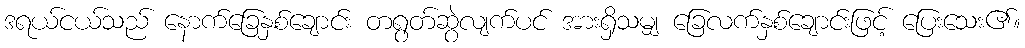
ဒရယ်ငယ်သည် နောက်ခြေနှစ်ချောင်း တရွတ်ဆွဲလျက်ပင် အားရှိသမျှ ခြေလက်နှစ်ချောင်းဖြင့် ပြေးသေး၏။